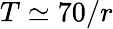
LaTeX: T\simeq 70/r